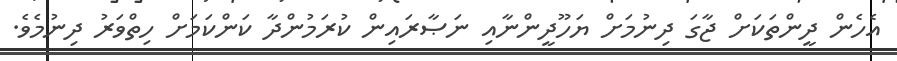
އެހެން ދީންތަކަށް ޖާގަ ދިނުމަށް ޔަހޫދީންނާއި ނަޞާރައިން ކުރަމުންދާ ކަންކަމަށް ހިތްވަރު ދިނުމެވެ.